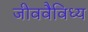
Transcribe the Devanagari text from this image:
जीववैविध्य